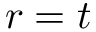
r = t